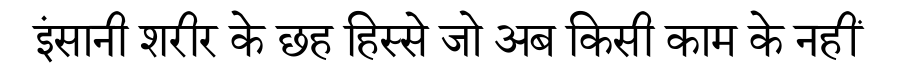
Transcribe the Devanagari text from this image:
इंसानी शरीर के छह हिस्से जो अब किसी काम के नहीं